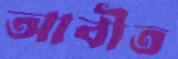
আবীত